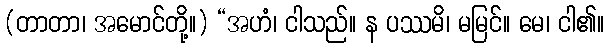
(တာတာ၊ အမောင်တို့။) “အဟံ၊ ငါသည်။ န ပဿမိ၊ မမြင်။ မေ၊ ငါ၏။